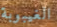
الغيبوبة